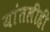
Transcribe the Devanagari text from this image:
यांतलीही